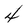
Character: 4